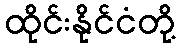
ထိုင်းနိုင်ငံတို့